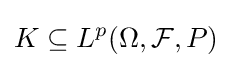
K\subseteq L^{p}(\Omega ,{\mathcal {F}},P)